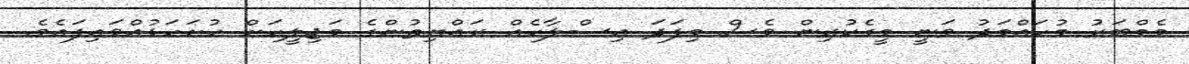
މެމްބަރު މުހައްމަދު ވަނީ މީގެކުރިން ވެސް މިފަދަ އިސްލާހެއް ރައްޔިތުންގެ މަޖިލީހަށް ހުށަހަޅުއްވައިފައެވެ.